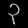
Digit: ၃